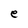
Character: e